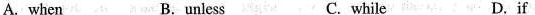
A. when B.unless C. while D.if